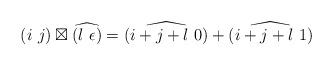
LaTeX: \begin{align*}\left(i\ j\right)\boxtimes\widehat{\left(l\ \epsilon\right)}=\widehat{\left(i+j+l\ 0\right)}+\widehat{\left(i+j+l\ 1\right)}\end{align*}